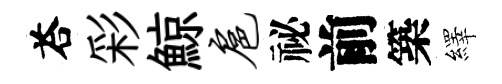
荅彩鯨扈祕前築繹